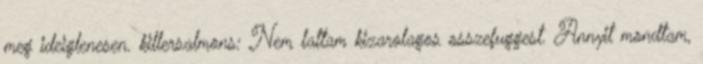
meg ideiglenesen. killersalmons: Nem lattam kizarolagos osszefuggest. Annyit mondtam,